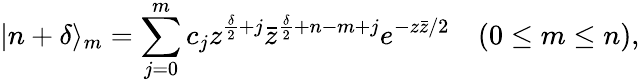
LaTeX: |n+\delta\rangle_{m}=\sum_{j=0}^{m}c_{j}z^{\frac{\delta}{2}+j}\bar{z}^{\frac{\delta}{2}+n-m+j}e^{-z\bar{z}/2}\quad(0\leq m\leq n),